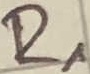
Text: R1